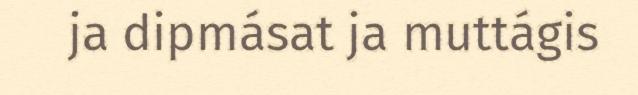
ja dipmásat ja muttágis